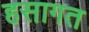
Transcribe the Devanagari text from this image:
हसागत